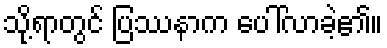
သို့ရာတွင် ပြဿနာက ပေါ်လာခဲ့၏။